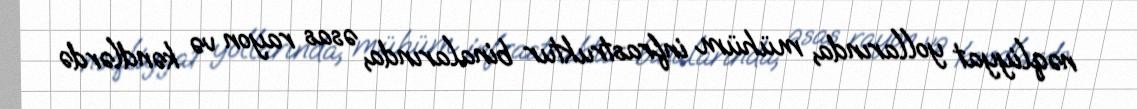
nəqliyyat yollarında, mühüm infrastruktur binalarında, əsas rayon və kəndlərdə